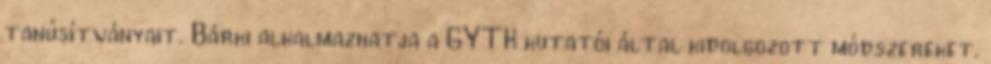
tanúsítványait. Bárki alkalmazhatja a GYTK kutatói által kidolgozott módszereket.